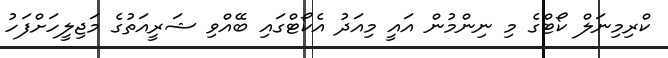
ކްރިމިނަލް ކޯޓްގެ މި ނިންމުން އައީ މިއަދު އެކޯޓްގައި ބޭއްވި ޝަރީއަތުގެ މަޖިލީހަށްފަހު